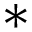
^ { \ast }